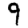
Digit: 9